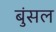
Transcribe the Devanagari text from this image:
बुंसल